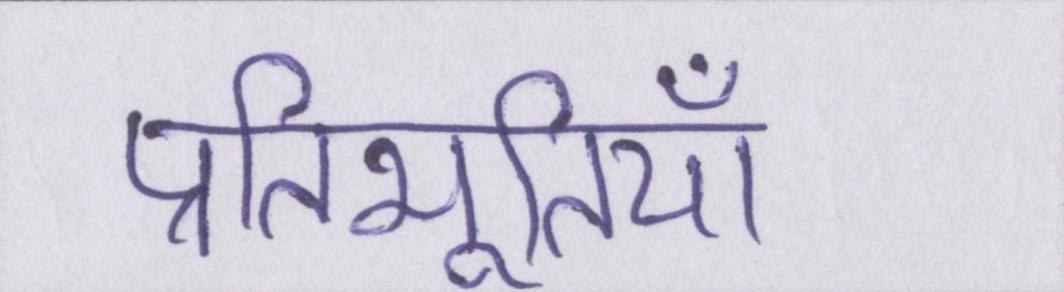
प्रतिभूतियाँ